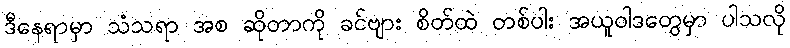
ဒီနေရာမှာ သံသရာ အစ ဆိုတာကို ခင်ဗျား စိတ်ထဲ တစ်ပါး အယူဝါဒတွေမှာ ပါသလို